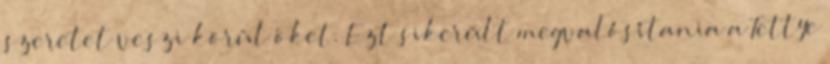
szeretet veszi körül ôket. Ezt sikerült megvalósítania a Tettye